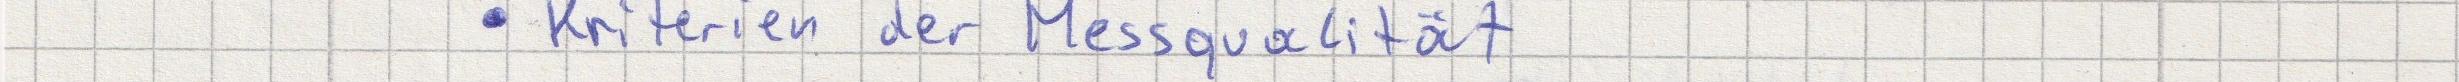
- Kriterien der Messqualität